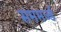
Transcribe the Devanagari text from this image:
सममर्ज्ड